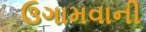
ઉગામવાની